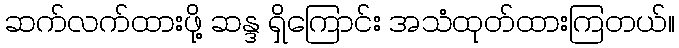
ဆက်လက်ထားဖို့ ဆန္ဒ ရှိကြောင်း အသံထုတ်ထားကြတယ်။